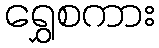
ရွှေစကား